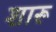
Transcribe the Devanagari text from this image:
शारू